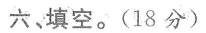
六、填空。(18分)